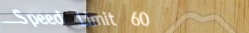
Speed Limit 60